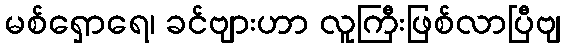
မစ်ရှောရေ၊ ခင်ဗျားဟာ လူကြီးဖြစ်လာပြီဗျ